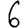
Digit: 6